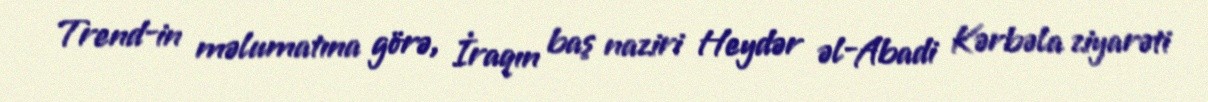
Trend-in məlumatına görə, İraqın baş naziri Heydər əl-Abadi Kərbəla ziyarəti